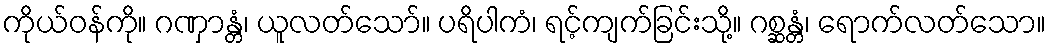
ကိုယ်ဝန်ကို။ ဂဏှာန္တံ၊ ယူလတ်သော်။ ပရိပါကံ၊ ရင့်ကျက်ခြင်းသို့။ ဂစ္ဆန္တံ၊ ရောက်လတ်သော။